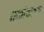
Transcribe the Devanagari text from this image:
तळांवरुन